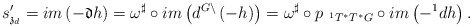
\begin{align*}s_{\mathfrak{z}_{d}}^{\prime }=im\left( -\mathfrak{d}h\right)=\omega ^{\sharp }\circ im\left( d^{G\backslash }\left( -h\right)\right) =\omega^{\sharp }\circ p_{\ ^{1}T^{\ast }T^{\ast }G}\circ im\left( -^{1}dh\right) . \end{align*}